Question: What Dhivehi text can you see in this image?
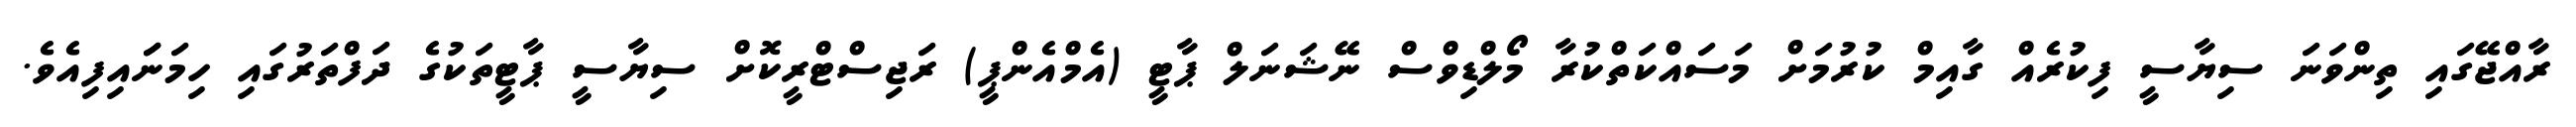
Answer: ރާއްޖޭގައި ތިންވަނަ ސިޔާސީ ފިކުރެއް ގާއިމް ކުރުމަށް މަސައްކަތްކުރާ މޯލްޑިވްސް ނޭޝަނަލް ޕާޓީ (އެމްއެންޕީ) ރަޖިސްޓްރީކޮށް ސިޔާސީ ޕާޓީތަކުގެ ދަފްތަރުގައި ހިމަނަައިފިއެވެ.